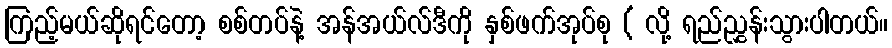
ကြည့်မယ်ဆိုရင်တော့ စစ်တပ်နဲ့ အန်အယ်လ်ဒီကို နှစ်ဖက်အုပ်စု ( လို့ ရည်ညွှန်းသွားပါတယ်။